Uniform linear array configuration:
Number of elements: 32
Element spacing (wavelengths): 0.75
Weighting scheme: cosine
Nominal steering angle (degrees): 15
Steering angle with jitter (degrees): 14.774
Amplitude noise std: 0.05
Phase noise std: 0.05

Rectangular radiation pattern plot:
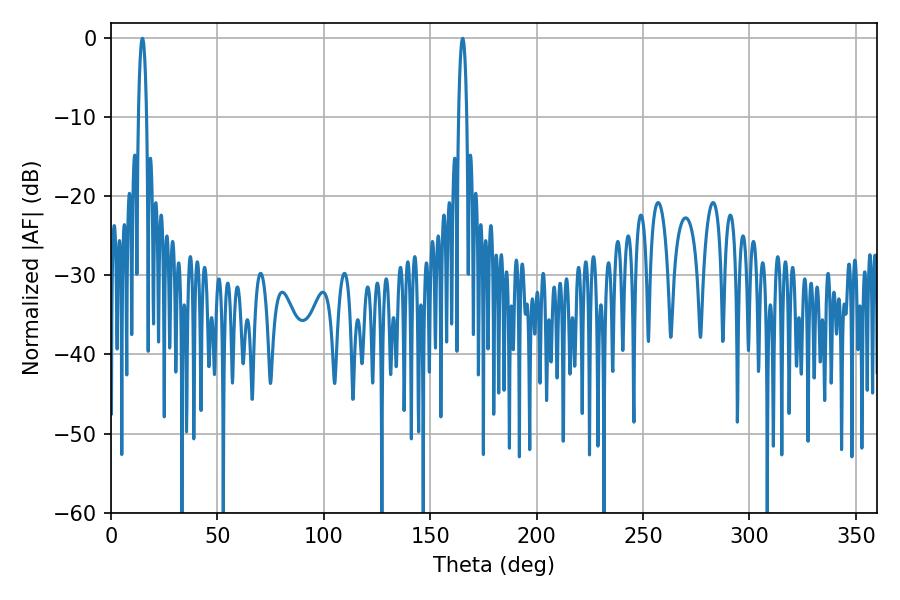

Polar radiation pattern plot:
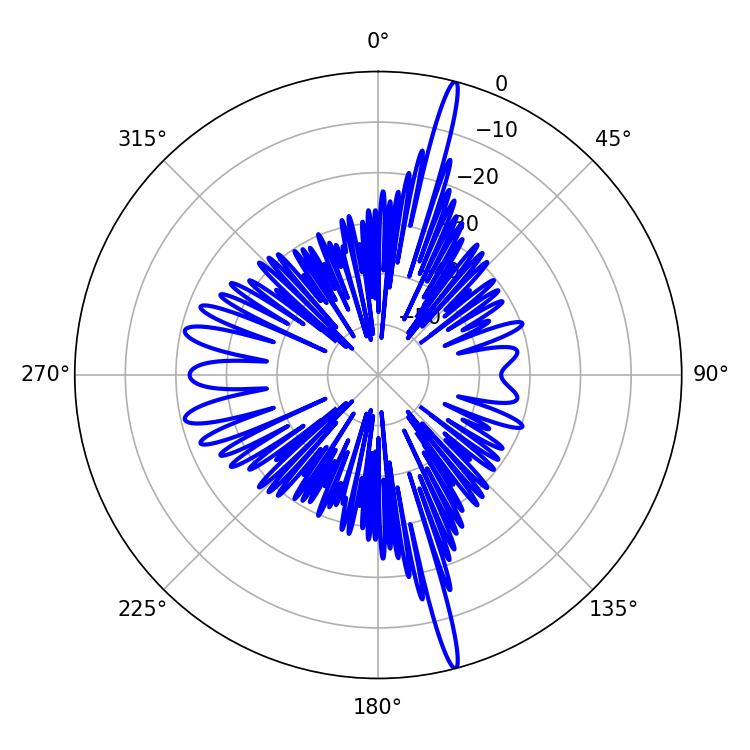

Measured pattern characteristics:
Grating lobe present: TRUE
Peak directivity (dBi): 20.22
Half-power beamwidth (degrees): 2.16
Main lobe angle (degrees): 14.76